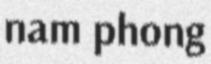
nam phong